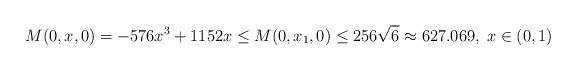
LaTeX: \begin{align*}M(0,x,0)=-576x^3+1152x\leq M(0,x_1,0)\leq256\sqrt{6}\approx627.069,\; x\in(0,1)\end{align*}